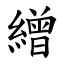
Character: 繒